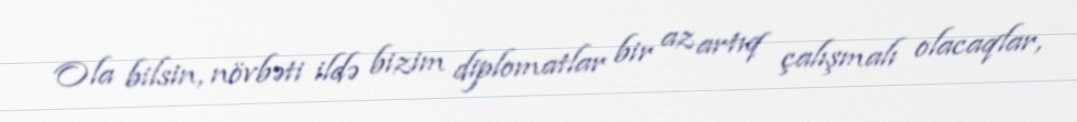
Ola bilsin, növbəti ildə bizim diplomatlar bir az artıq çalışmalı olacaqlar,